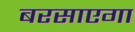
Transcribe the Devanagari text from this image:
बरसाएगा